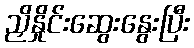
ညှိနှိုင်းဆွေးနွေးပြီး